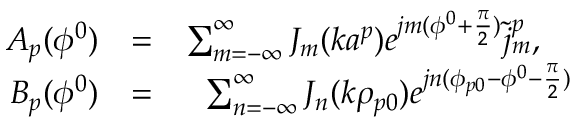
\begin{array} { r l r } { A _ { p } ( \phi ^ { 0 } ) } & { = } & { \sum _ { m = - \infty } ^ { \infty } J _ { m } ( k a ^ { p } ) e ^ { j m ( \phi ^ { 0 } + { \frac { \pi } { 2 } } ) } \tilde { j } _ { m } ^ { p } , \quad } \\ { B _ { p } ( \phi ^ { 0 } ) } & { = } & { \sum _ { n = - \infty } ^ { \infty } J _ { n } ( k \rho _ { p 0 } ) e ^ { j n ( \phi _ { p 0 } - \phi ^ { 0 } - { \frac { \pi } { 2 } } ) } } \end{array}